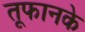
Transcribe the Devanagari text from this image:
तूफानके